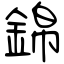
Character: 錦